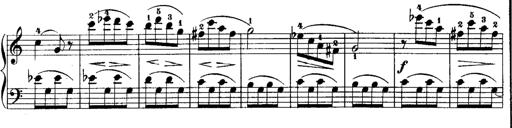
Title: Rondos and Sonatinas for Pianoforte
Composer: Daniel Steibelt